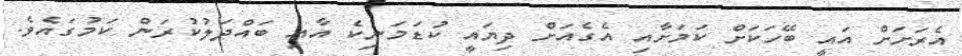
އެރަށަށް އައީ ބޭހަކަށް ކަމަށާއި އެގެއަށް ދިޔައީ ކުޑަމަނިކެ އާއި ބައްދަލުކުރަން ކަމުގައެވެ.